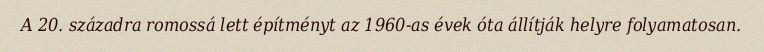
A 20. századra romossá lett építményt az 1960-as évek óta állítják helyre folyamatosan.